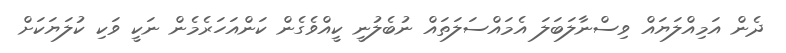
ދެން އަމިއްލަޔައް ވިސްނާލަބަލަ އެމައްސަލަތައް ނުބެލުނީ ކީއްވެގެން ކަންއަހަރެމެން ނަކީ ވަކި ކުލަޔަކަށް